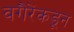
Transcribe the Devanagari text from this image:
वगैरेंकडून